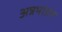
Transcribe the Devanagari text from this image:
अन्नभांडार